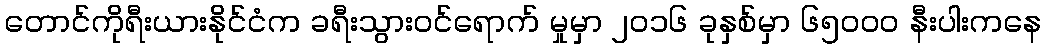
တောင်ကိုရီးယားနိုင်ငံက ခရီးသွားဝင်ရောက် မှုမှာ ၂၀၁၆ ခုနှစ်မှာ ၆၅၀၀၀ နီးပါးကနေ